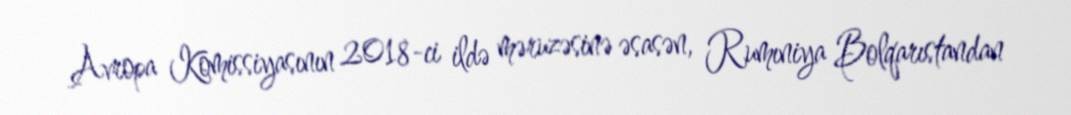
Avropa Komissiyasının 2018-ci ildə məruzəsinə əsasən, Rumıniya Bolqarıstandan